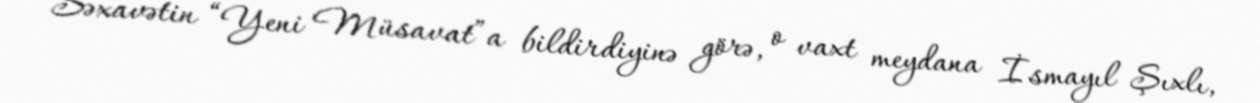
Səxavətin “Yeni Müsavat”a bildirdiyinə görə, o vaxt meydana İsmayıl Şıxlı,